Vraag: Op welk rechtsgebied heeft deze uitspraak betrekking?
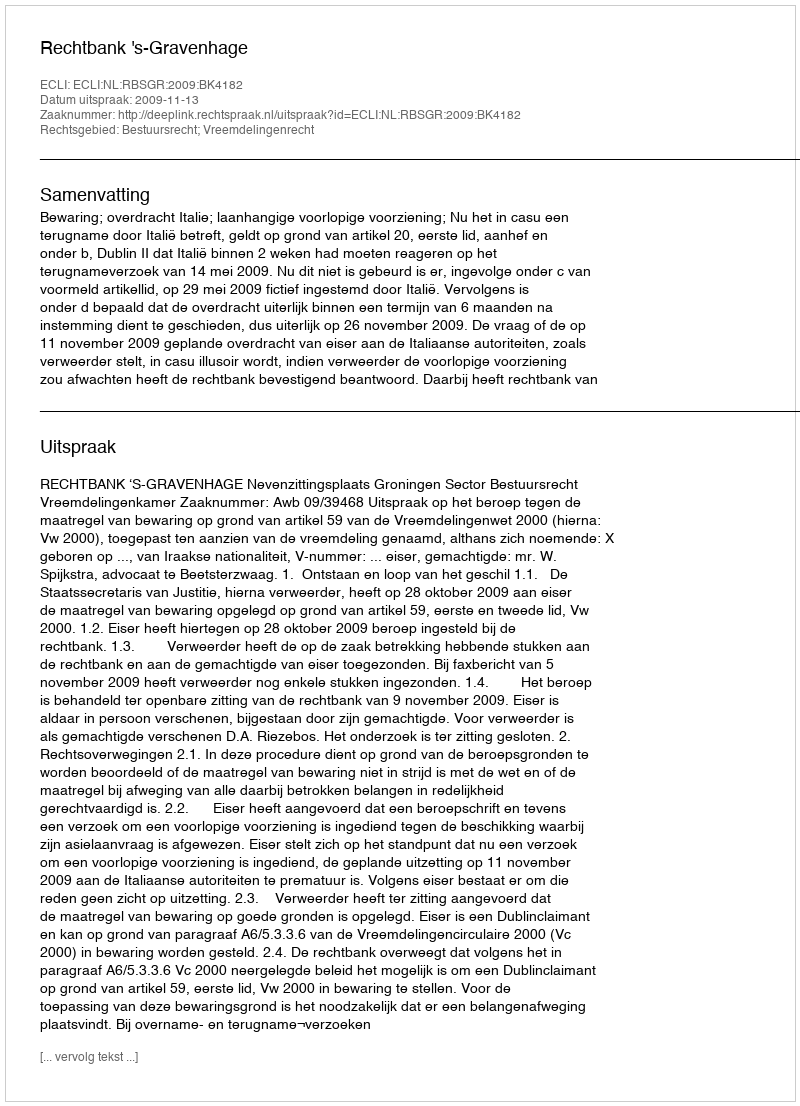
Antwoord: Bestuursrecht; Vreemdelingenrecht